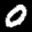
Label: 0